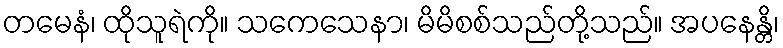
တမေနံ၊ ထိုသူရဲကို။ သကေသေနာ၊ မိမိစစ်သည်တို့သည်။ အပနေန္တိ၊